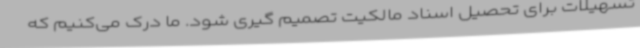
تسهیلات برای تحصیل اسناد مالکیت تصمیم گیری شود. ما درک می‌کنیم که